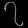
Digit: ၇